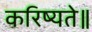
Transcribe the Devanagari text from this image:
करिष्यते॥